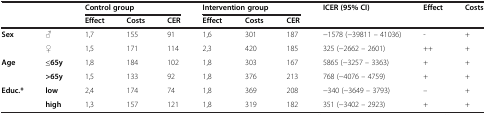
<table><thead><tr><td colspan="2"><b> </b></td><td colspan="3"><b>Control group</b></td><td colspan="3"><b>Intervention group</b></td><td><b>ICER (95% CI)</b></td><td><b>Effect</b></td><td><b>Costs</b></td></tr><tr><td colspan="2"><b> </b></td><td><b>Effect</b></td><td><b>Costs</b></td><td><b>CER</b></td><td><b>Effect</b></td><td><b>Costs</b></td><td><b>CER</b></td><td><b> </b></td><td><b> </b></td><td><b> </b></td></tr></thead><tbody><tr><td><b>Sex</b></td><td>♂</td><td>1,7</td><td>155</td><td>91</td><td>1,6</td><td>301</td><td>187</td><td>−1578 (−39811 – 41036)</td><td>-</td><td>+</td></tr><tr><td> </td><td>♀</td><td>1,5</td><td>171</td><td>114</td><td>2,3</td><td>420</td><td>185</td><td>325 (−2662 – 2601)</td><td>++</td><td>+</td></tr><tr><td><b>Age</b></td><td><b>≤65y</b></td><td>1,8</td><td>184</td><td>102</td><td>1,8</td><td>303</td><td>167</td><td>5865 (−3257 – 3363)</td><td>+</td><td>+</td></tr><tr><td> </td><td><b>&gt;65y</b></td><td>1,5</td><td>133</td><td>92</td><td>1,8</td><td>376</td><td>213</td><td>768 (−4076 – 4759)</td><td>+</td><td>+</td></tr><tr><td><b>Educ.*</b></td><td><b>low</b></td><td>2,4</td><td>174</td><td>74</td><td>1,8</td><td>369</td><td>208</td><td>−340 (−3649 – 3793)</td><td>--</td><td>+</td></tr><tr><td> </td><td><b>high</b></td><td>1,3</td><td>157</td><td>121</td><td>1,8</td><td>319</td><td>182</td><td>351 (−3402 – 2923)</td><td>+</td><td>+</td></tr></tbody></table>